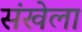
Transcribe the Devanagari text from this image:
संखेला